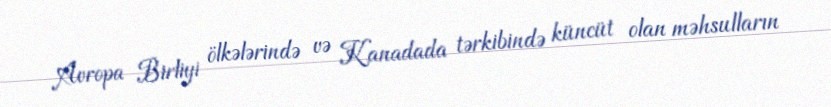
Avropa Birliyi ölkələrində və Kanadada tərkibində küncüt olan məhsulların